Calcutta medical institutions reports 1892-1900
Year: 1892
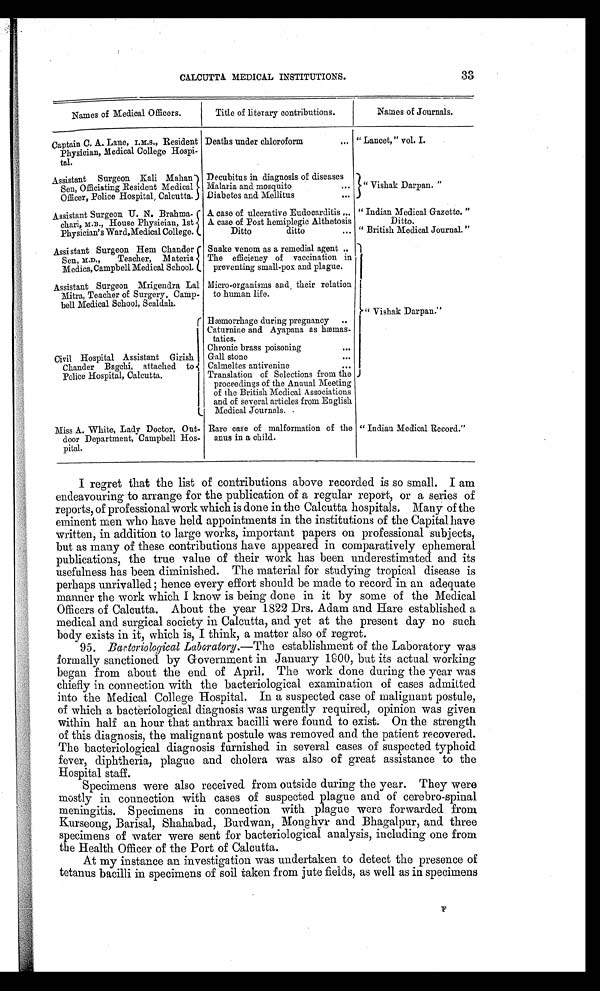
CALCUTTA MEDICAL INSTITUTIONS.
33
Names of Medical Officers.
Title of literary contributions.
Names of Journals.
Captain C. A. Lane, I.M.S., Resident
Physician, Medical College Hospi-
tal.
Deaths under chloroform
... “ Lancet, ” vol. I.
Assistant Surgeon Kali Mahan
Sen, Officiating Resident Medical
Officer, Police Hospital ; Calcutta.
Decubitus in diagnosis of diseases
Malaria and mosquito
... “ Vishak Darpan. ”
Diabetes and Mellitus
...
Assistant Surgeon U. N. Brahma-
chari, M.B., House Physician, 1st
Physician’s Ward, Medical College.
A case of ulcerative Eudocarditis ... “ Indian Medical Gazette. ”
Ditto.
“ British Medical Journal.”
A case of Post hemiplegic Althetosis
Ditto
ditto
...
Assistant Surgeon Hem Chander
Sen, M.D., Teacher, Materia
Medica, Campbell Medical School.
Snake venom as a remedial agent ..
“ Vishak Darpan.”
The efficiency of vaccination in
preventing small-pox and plague.
Assistant Surgeon Mrigendra Lal
Mitra, Teacher of Surgery, Camp-
bell Medical School, Sealdah.
Micro-organisms and , their relation
to human life.
Civil Hospital Assistant Girish
Chander Bagchi, attached to
Police Hospital, Calcutta.
Hæmorrhage during pregnancy ..
Caturnine and Ayapana as hæmas-tatics.
Chronic brass poisoning
...
Gall Stone
...
Calmeltes antivenine
...
Translation of Selections from the
proceedings of the Annual Meeting
of the British Medical Associations
and of several articles from English
Medical Journals.
Miss A. White, Lady Doctor, Out-
door Department, Campbell Hos-
pital.
Rare care of malformation of the
anus in a child.
“ Indian Medical Record.”
I regret that the list of contributions above recorded is so small. I am
endeavouring to arrange for the publication of a regular report, or a series of
reports, of professional work which is done in the Calcutta hospitals. Many of the
eminent men who have held appointments in the institutions of the Capital have
written, in addition to large works, important papers on professional subjects,
but as many of these contributions have appeared in comparatively ephemeral
publications, the true value of their work has been underestimated and its
usefulness has been diminished. The material for studying tropical disease is
perhaps unrivalled; hence every effort should be made to record in an adequate
manner the work which I know is being done in it by some of the Medical
Officers of Calcutta. About the year 1822 Drs. Adam and Hare established a
medical and surgical society in Calcutta, and yet at the present day no such
body exists in it, which is, I think, a matter also of regret.
95. Bacteriological Laboratory. —The establishment of the Laboratory was
formally sanctioned by Government in January 1900, but its actual working
began from about the end of April. The work done during the year was
chiefly in connection with the bacteriological examination of cases admitted
into the Medical College Hospital. In a suspected case of malignant postule,
of which a bacteriological diagnosis was urgently required, opinion was given
within half an hour that anthrax bacilli were found to exist. On the strength
of this diagnosis, the malignant postule was removed and the patient recovered.
The bacteriological diagnosis furnished in several cases of suspected typhoid
fever, diphtheria, plague and cholera was also of great assistance to the
Hospital staff.
Specimens were also received from outside during the year. They were
mostly in connection with cases of suspected plague and of cerebro-spinal
meningitis. Specimens in connection with plague were forwarded from
Kurseong, Barisal, Shahabad, Burdwan, Monghyr and Bhagalpur, and three
specimens of water were sent for bacteriological analysis, including one from
the Health Officer of the Port of Calcutta.
At my instance an investigation was undertaken to detect the presence of
tetanus bacilli in specimens of soil taken from jute fields, as well as in specimens